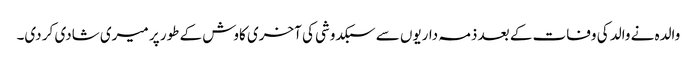
والدہ نے والد کی وفات کے بعد ذمہ داریوں سے سبکدوشی کی آخری کاوش کے طور پر میری شادی کر دی۔